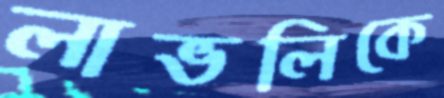
লাভলিকে